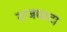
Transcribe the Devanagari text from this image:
राजघाटा